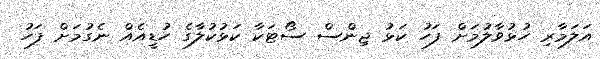
އަލަމާރި ހުޅުވާލުމަށް ފަހު ކަޅު ޖިންސް ސޯޓަކާ ކަޅުކުލާގެ ހުޑީއެއް ނެގުމަށް ފަހު